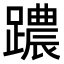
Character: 𨆞